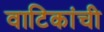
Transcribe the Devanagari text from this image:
वाटिकांची